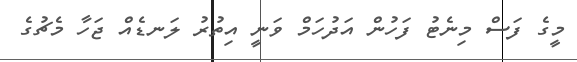
މީގެ ފަސް މިނެޓު ފަހުން އަދުހަމް ވަނީ އިތުރު ލަނޑެއް ޖަހާ މެޗުގެ